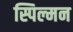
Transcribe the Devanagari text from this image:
स्पिल्मन